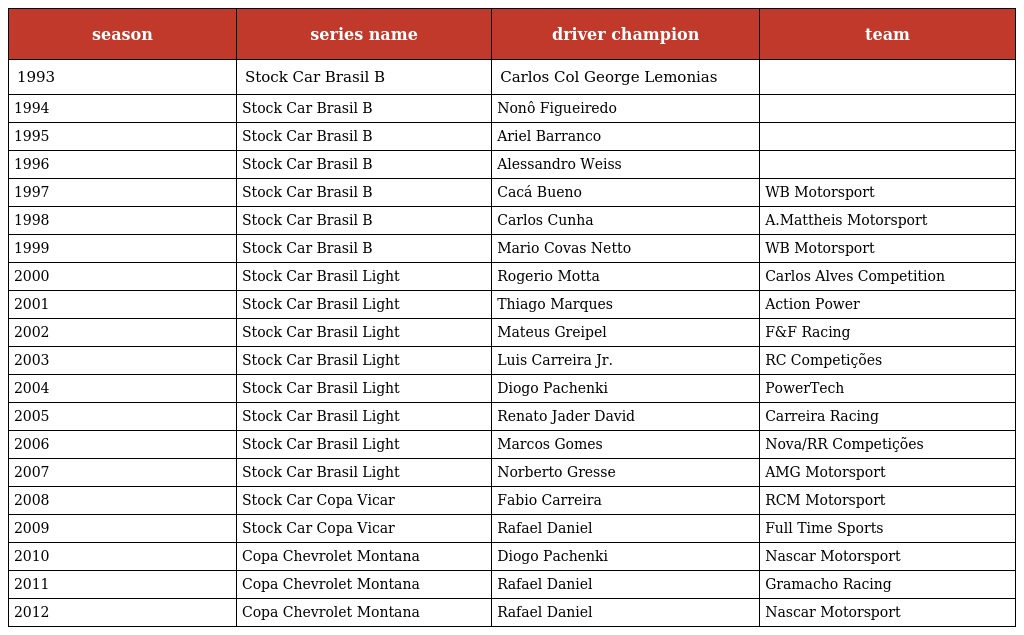
| season | series name | driver champion | team |
 | --- | --- | --- | --- |
 | 1993 | Stock Car Brasil B | Carlos Col George Lemonias |  |
 | 1994 | Stock Car Brasil B | Nonô Figueiredo |  |
 | 1995 | Stock Car Brasil B | Ariel Barranco |  |
 | 1996 | Stock Car Brasil B | Alessandro Weiss |  |
 | 1997 | Stock Car Brasil B | Cacá Bueno | WB Motorsport |
 | 1998 | Stock Car Brasil B | Carlos Cunha | A.Mattheis Motorsport |
 | 1999 | Stock Car Brasil B | Mario Covas Netto | WB Motorsport |
 | 2000 | Stock Car Brasil Light | Rogerio Motta | Carlos Alves Competition |
 | 2001 | Stock Car Brasil Light | Thiago Marques | Action Power |
 | 2002 | Stock Car Brasil Light | Mateus Greipel | F&F Racing |
 | 2003 | Stock Car Brasil Light | Luis Carreira Jr. | RC Competições |
 | 2004 | Stock Car Brasil Light | Diogo Pachenki | PowerTech |
 | 2005 | Stock Car Brasil Light | Renato Jader David | Carreira Racing |
 | 2006 | Stock Car Brasil Light | Marcos Gomes | Nova/RR Competições |
 | 2007 | Stock Car Brasil Light | Norberto Gresse | AMG Motorsport |
 | 2008 | Stock Car Copa Vicar | Fabio Carreira | RCM Motorsport |
 | 2009 | Stock Car Copa Vicar | Rafael Daniel | Full Time Sports |
 | 2010 | Copa Chevrolet Montana | Diogo Pachenki | Nascar Motorsport |
 | 2011 | Copa Chevrolet Montana | Rafael Daniel | Gramacho Racing |
 | 2012 | Copa Chevrolet Montana | Rafael Daniel | Nascar Motorsport |